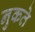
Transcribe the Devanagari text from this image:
नुकते